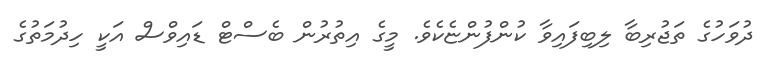
ދުވަހުގެ ތަޖުރިބާ ލިބިފައިވާ ކުންފުންޏެކެވެ. މީގެ އިތުރުން ބެސްޓް ޑައިވްސް އަކީ ހިދުމަތުގެ